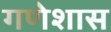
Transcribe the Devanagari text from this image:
गणेशास